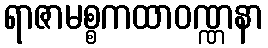
ရာဇာမစ္စကထာဝဏ္ဏနာ